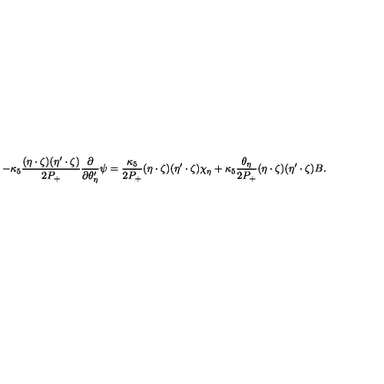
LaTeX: - \kappa _ { 5 } \frac { ( \eta \cdot \zeta ) ( \eta ^ { \prime } \cdot \zeta ) } { 2 P _ { + } } \frac { \partial } { \partial \theta _ { \eta } ^ { \prime } } \psi = \frac { \kappa _ { 5 } } { 2 P _ { + } } ( \eta \cdot \zeta ) ( \eta ^ { \prime } \cdot \zeta ) \chi _ { \eta } + \kappa _ { 5 } \frac { \theta _ { \eta } } { 2 P _ { + } } ( \eta \cdot \zeta ) ( \eta ^ { \prime } \cdot \zeta ) B .